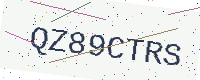
Text: QZ89CTRS